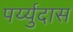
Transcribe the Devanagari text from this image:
पर्य्युदास